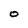
Character: O